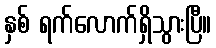
နှစ် ရက်လောက်ရှိသွားပြီ။